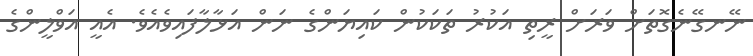
ނޭނގޭނެގޮތަށް ވަރަށް ރީތި އަކުރު ތަކަކުން ކައިޔަންގެ ނަން އަޅާލާފައިވެއެވެ. އެއީ އަވްލީންގެ